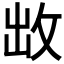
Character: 𭣩